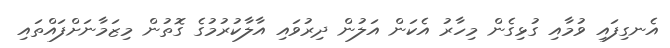
އެނގިފައި ވުމާއި ގުޅިގެން މިހާރު އެކަން އަލުން ދިރުވައި އާލާކުރުމުގެ ގޮތުން މިޒަމާނަށްފައްތައި